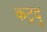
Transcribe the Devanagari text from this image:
कट्रदु